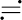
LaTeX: \risingdotseq